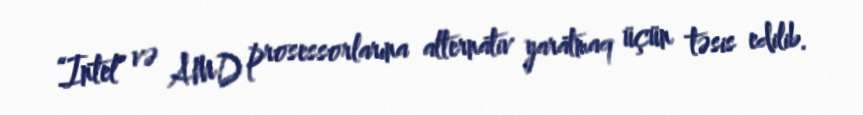
“Intel” və AMD prosessorlarına alternativ yaratmaq üçün təsis edilib.